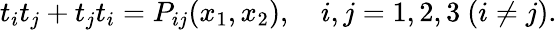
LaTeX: t_{i}t_{j}+t_{j}t_{i}=P_{ij}(x_{1},x_{2}),~~~~i,j=1,2,3~(i\neq j).